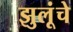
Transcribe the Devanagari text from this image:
झुलूंचे